Punjab Mental Hospital Lahore 1932-46 - 1932-1946
Year: 1932
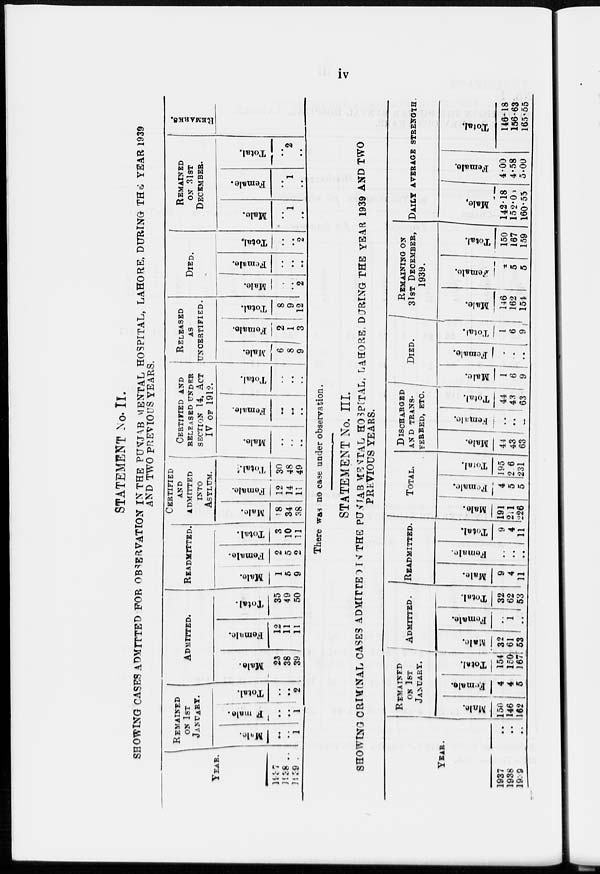
iv
STATEMENT No. II.
SHOWING CASES ADMITTED FOR OBSERVATION IN THE PUNJAB MENTAL HOSPITAL, LAHORE, DURING THE YEAR 1939
AND TWO PREVIOUS YEARS.
YEAR.
1937 ..
1938 ..
1939 ..
REMAINED
ON 1ST
JANUARY.
Male.
..
..
1
Female.
..
..
1
Total.
..
..
2
ADMITTED.
Male.
23
38
39
Female.
12
11
11
Total.
35
49
50
READMITTED.
Male.
1
5
9
Female.
2
5
2
Total.
3
10
11
CERTIFIED
AND
ADMITTED
INTO
ASYLUM.
Male.
18
34
38
Female.
12
14
11
Total.
30
48
49
CERTIFIED AND
RELEASED UNDER
SECTION 14, ACT
IV OF 1912.
Male.
..
..
..
Female.
..
..
..
Total.
..
..
..
RELEASED
AS
UNCERTIFIED.
Male.
6
8
9
Female.
2
1
3
Total.
8
9
12
DIED.
Male.
..
..
2
Female.
..
..
..
Total.
..
..
2
REMAINED
ON 31ST
DECEMBER.
Male.
..
1
..
Female.
..
1
..
Total.
..
2
..
REMARKS
There was no case under observation.
STATEMENT No. III.
SHOWING CRIMINAL CASES ADMITTED IN THE PUNJAB MENTAL HOSPITAL, LAHORE DURING THE YEAR 1939 AND TWO
PREVIOUS YEARS.
YEAR.
1937 ..
1938 ..
1939 ..
REMAINED
OK 1ST
JANUARY.
Male.
150
146
162
Female.
4
4
5
Total.
154
150
167
ADMITTED.
Male.
32
61
53
Female.
..
1
..
Total.
32
62
53
READMITTED.
Male.
9
4
11
Female.
..
..
..
Total.
9
4
1 1
TOTAL.
Male.
191
211
226
Female.
4
5
5
Total.
195
216
231
DISCHARGED
AND TRANS-
FERRED, ETC.
Male.
44
43
63
Female.
..
..
Total.
44
43
63
DIED.
Male.
1
6
9
Female.
..
..
..
Total.
1
6
9
REMAINING ON
31ST DECEMBER,
1939.
Male.
146
162
154
Female.
±
5
5
Total.
150
167
159
DAILY AVERAGE STRENGTH
Male.
142.18
152.05
160.55
Female.
4.00
4.58
5.00
Total.
146.18
156.63
165.55